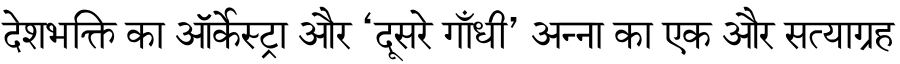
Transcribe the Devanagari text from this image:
देशभक्ति का ऑर्केस्ट्रा और ‘दूसरे गाँधी’ अन्ना का एक और सत्याग्रह